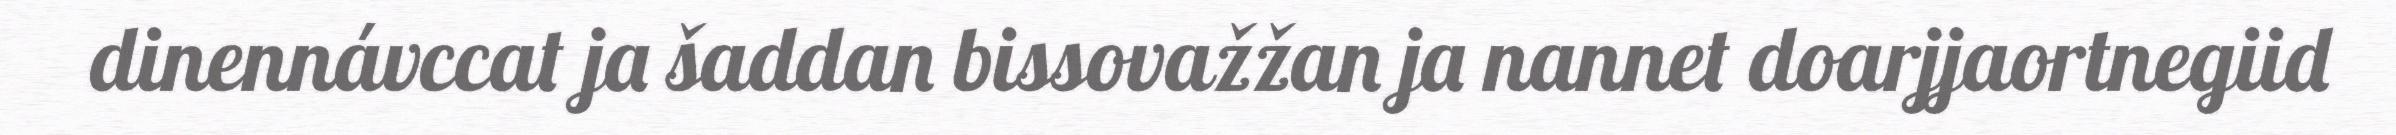
dinennávccat ja šaddan bissovažžan ja nannet doarjjaortnegiid